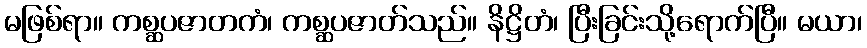
မဖြစ်ရာ။ ကစ္ဆပဇာတကံ၊ ကစ္ဆပဇာတ်သည်။ နိဋ္ဌိတံ၊ ပြီးခြင်းသို့ရောက်ပြီ။ မယာ၊